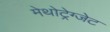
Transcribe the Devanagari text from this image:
मेथोट्रेग्जेट